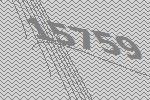
15759